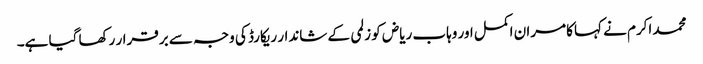
محمد اکرم نے کہا کامران اکمل اور وہاب ریاض کو زلمی کے شاندار ریکارڈ کی وجہ سے برقرار رکھا گیا ہے۔